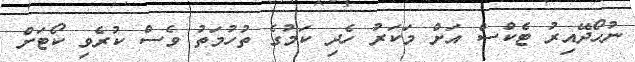
ނުހޯދޭއިރު ޓެކްސް އަށް މަކަރު ހެދި ކަމުގެ ތުހުމަތު ވެސް ކުރެވި ކޯޓަށް